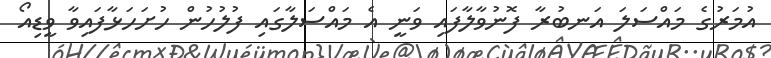
އުމަރުގެ މައްސަލަ އަނބުރާ ފޮނުވާލާފައި ވަނީ އެ މައްސަލާގައި ފުލުހުން ހުށަހަޅާފައިވާ ވީޑިއޯ